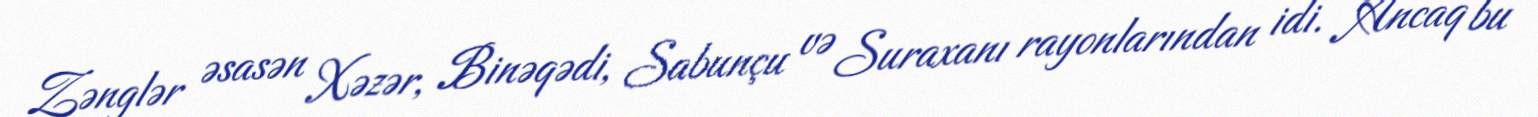
Zənglər əsasən Xəzər, Binəqədi, Sabunçu və Suraxanı rayonlarından idi. Ancaq bu